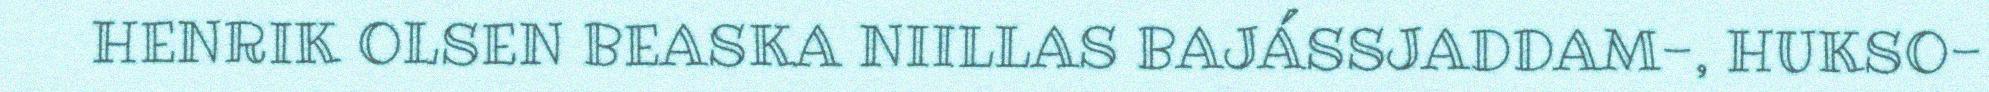
HENRIK OLSEN BEASKA NIILLAS BAJÁSSJADDAM-, HUKSO-